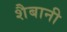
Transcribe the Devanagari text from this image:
शैबानी